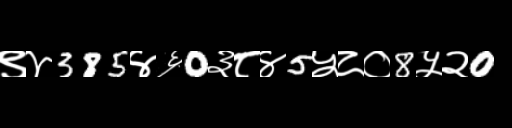
Text: ९४385४६0३८४5५८०8५२0